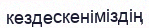
кездескеніміздің